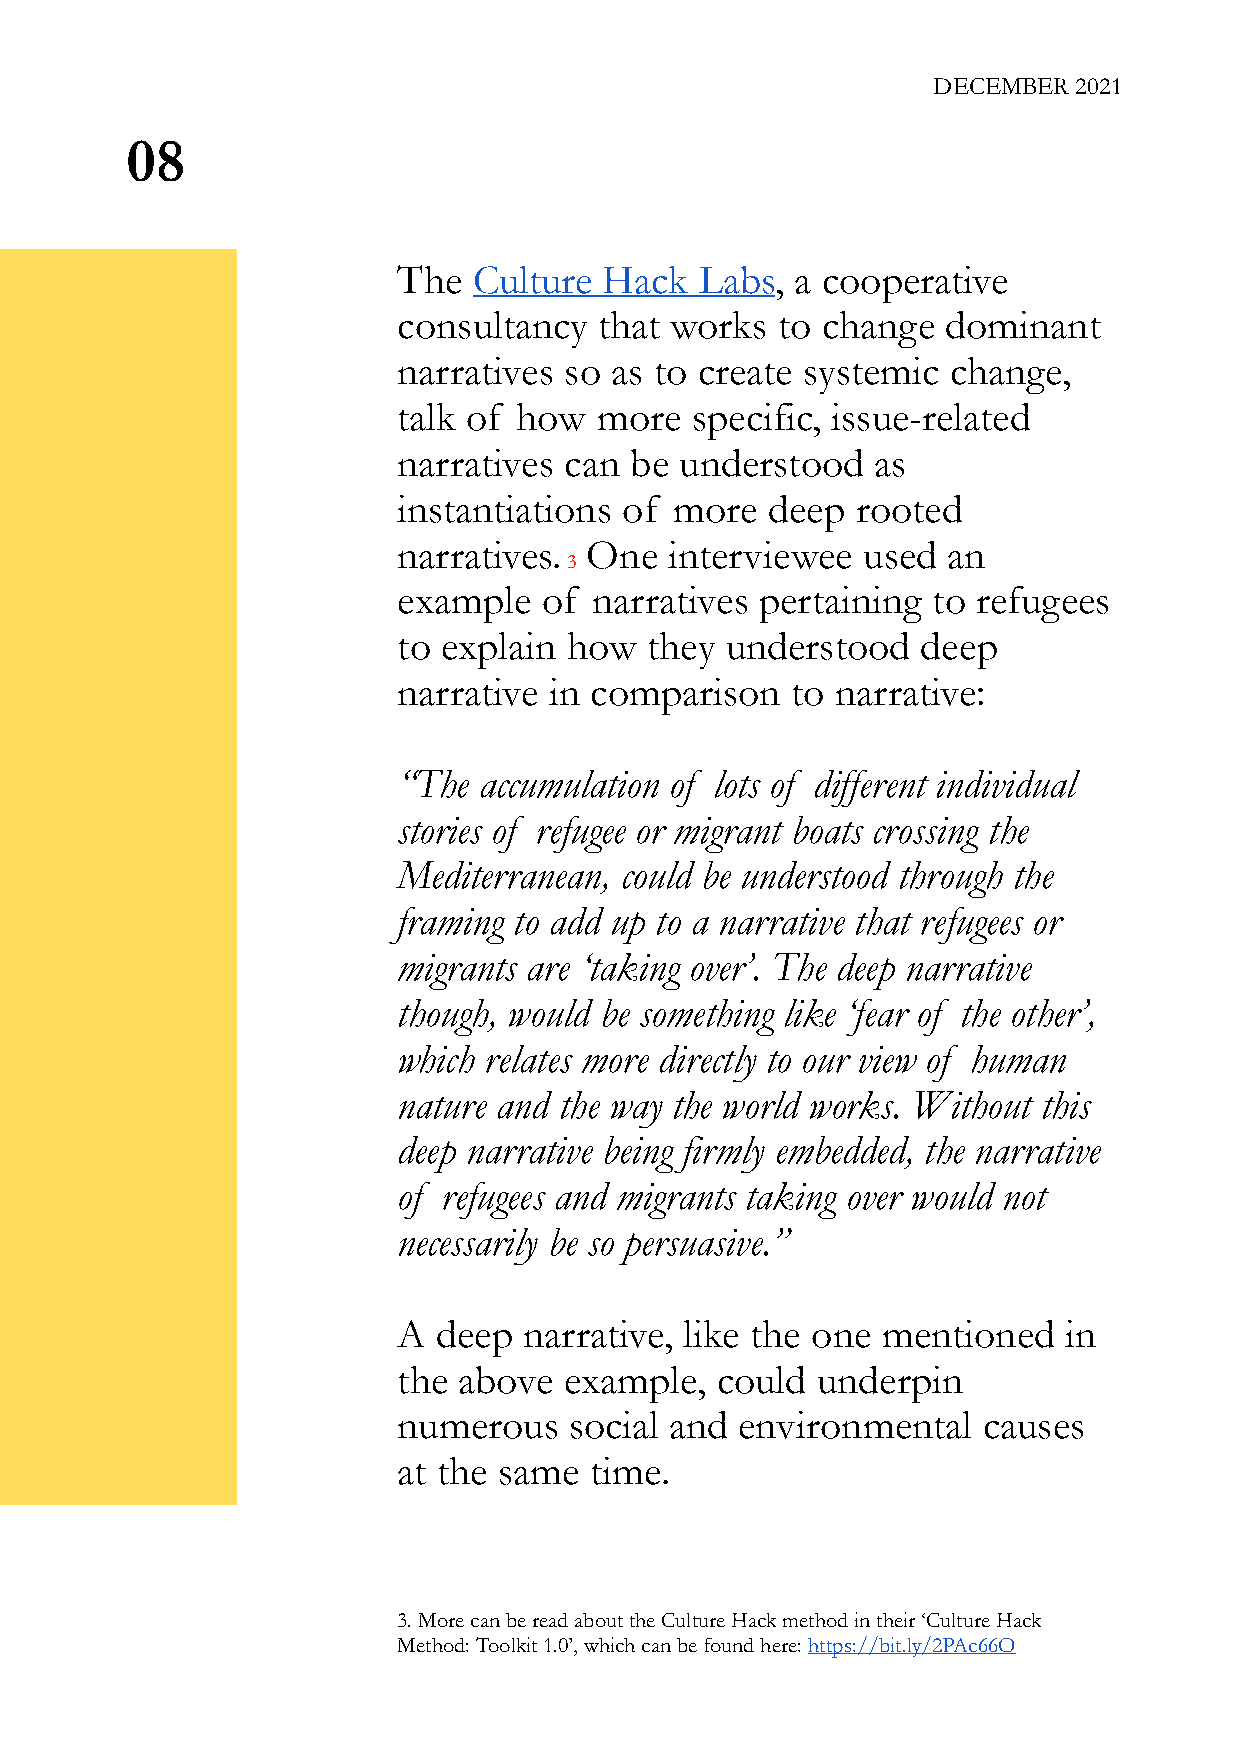
DECEMBER 2021
 08
 The  Culture  Hack  Labs,  a cooperative
 consultancy   that works to change   dominant
 narratives so as to create systemic  change,
 talk of how  more   specific, issue-related
 narratives can  be understood   as
 instantiations of  more  deep  rooted
 narratives.  One  interviewee  used  an
 3
 example   of narratives pertaining  to refugees
 to explain how   they understood   deep
 narrative in comparison   to narrative:
 “The  accumulation of lots of different individual
 stories of refugee or migrant boats crossing the
 Mediterranean, could be understood through the
 framing to add up to a narrative that refugees or
 migrants are ‘taking over’. The deep narrative
 though, would be something like ‘fear of the other’,
 which relates more directly to our view of human
 nature and the way the world works. Without this
 deep narrative being firmly embedded, the narrative
 of refugees and migrants taking over would not
 necessarily be so persuasive.”
 A  deep  narrative, like the one mentioned  in
 the above  example,  could  underpin
 numerous    social and environmental   causes
 at the same  time.
 3. More can be read about the Culture Hack method in their ‘Culture Hack
 Method: Toolkit 1.0’, which can be found here: https://bit.ly/2PAc66O